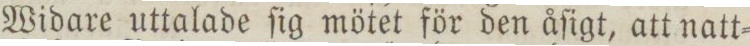
Widare uttalade ſig mötet för den åſigt, att natt=